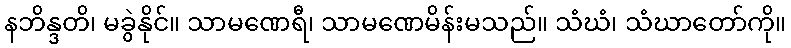
နဘိန္ဒတိ၊ မခွဲနိုင်။ သာမဏေရီ၊ သာမဏေမိန်းမသည်။ သံဃံ၊ သံဃာတော်ကို။